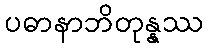
ပဓာနာဘိတုန္နဿ